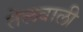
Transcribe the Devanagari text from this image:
तेलवाली